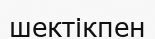
шектікпен